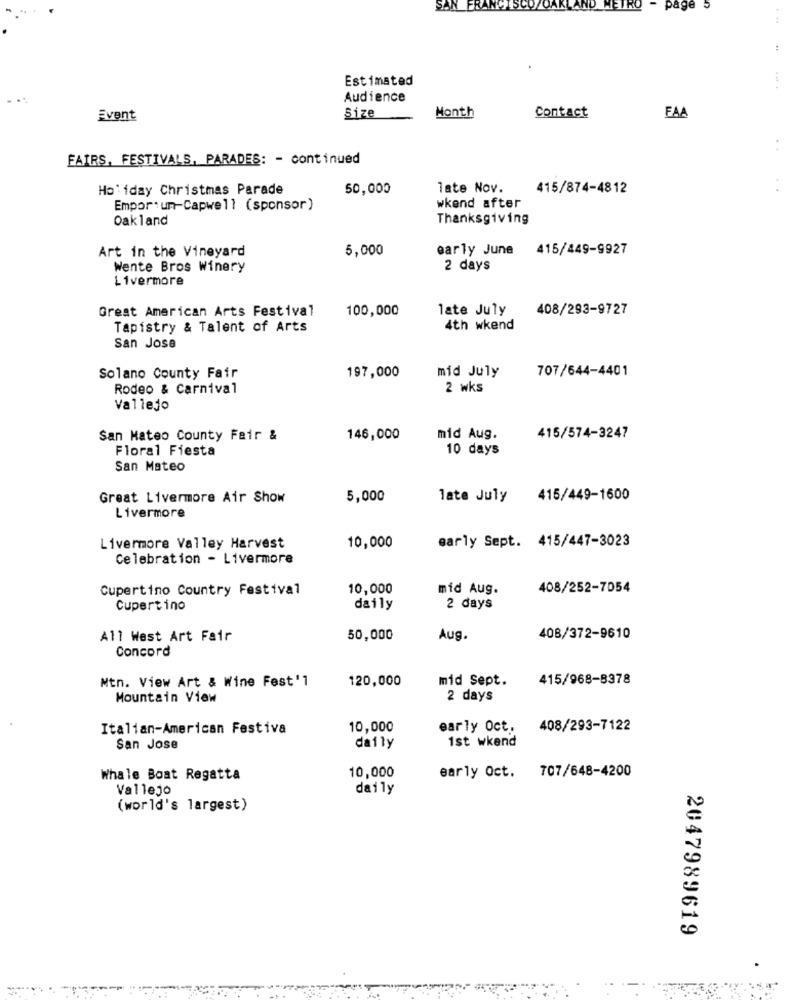
SAN
FRANCISCO/QAI
page
:
Estimated
Audience
Month
Event
Size
Contact
FAA
FAIRS, FESTIVALS, PARADES: - continued
Holiday Christmas Parade
50,000
late Nov.
415/874-4812
Empor: un-Capwell (sponsor)
wkend after
Oakland
Thanksgiving
Art in the Vineyard
5,000
early June 415/449-9927
Wente Bros Winery
2 days
Livermore
Great American Arts Festival
100,000
late July
408/293-9727
Tapistry & Talent of Arts
4th wkend
San Jose
197,000
mid July
707/644-4401
Solano County Fair
Rodeo & Carnival
2 wks
Vallejo
San Mateo County Fair &
146,000
mid Aug.
415/574-3247
Floral Fiesta
10 days
San Mateo
Great Livermore Air Show
5,000
late July
415/449-1600
Livermore
early Sept. 415/447-3023
Livermore Valley Harvest
10,000
Celebration - Livermore
Cupertino Country Festival
10,000
mid Aug.
408/252-7054
Cupertino
daily
2 days
All West Art Fair
50,000
Aug.
408/372-9610
Concord
mid Sept.
415/968-8378
Mtn. View Art & Wine Fest'1
120,000
Mountain View
2 days
Italian-American Festiva
10,000
early Oct.
408/293-7122
1st wkend
San Jose
daily
10,000
early Oct. 707/648-4200
Whale Boat Regatta
Vallejo
daily
(world's largest)
2047989619